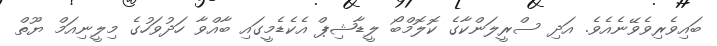
ބައިވެރިވެވޭނެއެވެ. އަދި ސްރީލަންކާގެ ކޮލޮމްބޯ ލީޑާޝިޕް އެކެޑެމީގައި ބާއްވާ ހަދުވަހުގެ މިލީނިއަމް ޔޫތް